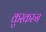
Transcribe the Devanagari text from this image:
कुस्करुन